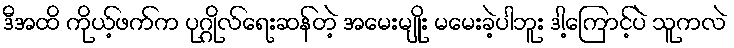
ဒီအထိ ကိုယ့်ဖက်က ပုဂ္ဂိုလ်ရေးဆန်တဲ့ အမေးမျိုး မမေးခဲ့ပါဘူး ဒါ့ကြောင့်ပဲ သူကလဲ